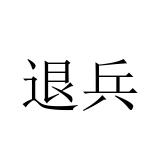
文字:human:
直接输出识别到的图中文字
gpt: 退兵